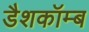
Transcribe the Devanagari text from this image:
डैशकॉम्ब